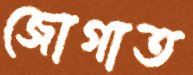
জোগাত